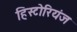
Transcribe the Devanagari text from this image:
हिस्टोरियंज